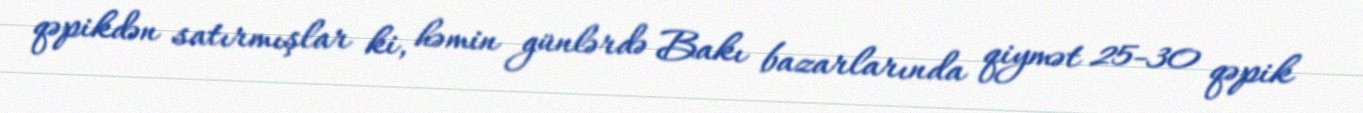
qəpikdən satırmışlar ki, həmin günlərdə Bakı bazarlarında qiymət 25-30 qəpik